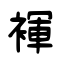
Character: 褌